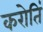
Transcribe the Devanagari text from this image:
करोतिं